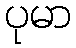
ပုမာ